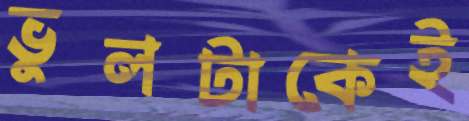
ভুলটাকেই